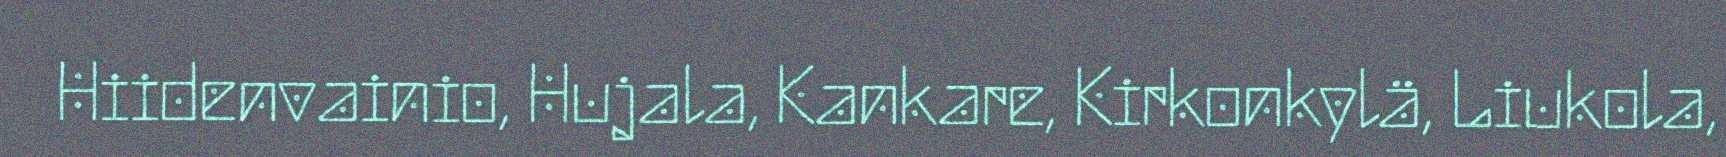
Hiidenvainio, Hujala, Kankare, Kirkonkylä, Liukola,